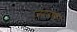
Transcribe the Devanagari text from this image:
ज़दराण